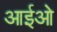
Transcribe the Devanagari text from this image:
आईओ